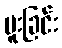
မူးခြင်း